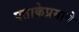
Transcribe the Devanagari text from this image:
पताकेप्रमाणे